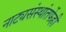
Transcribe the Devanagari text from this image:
नाट्यसंस्थांतर्फेही